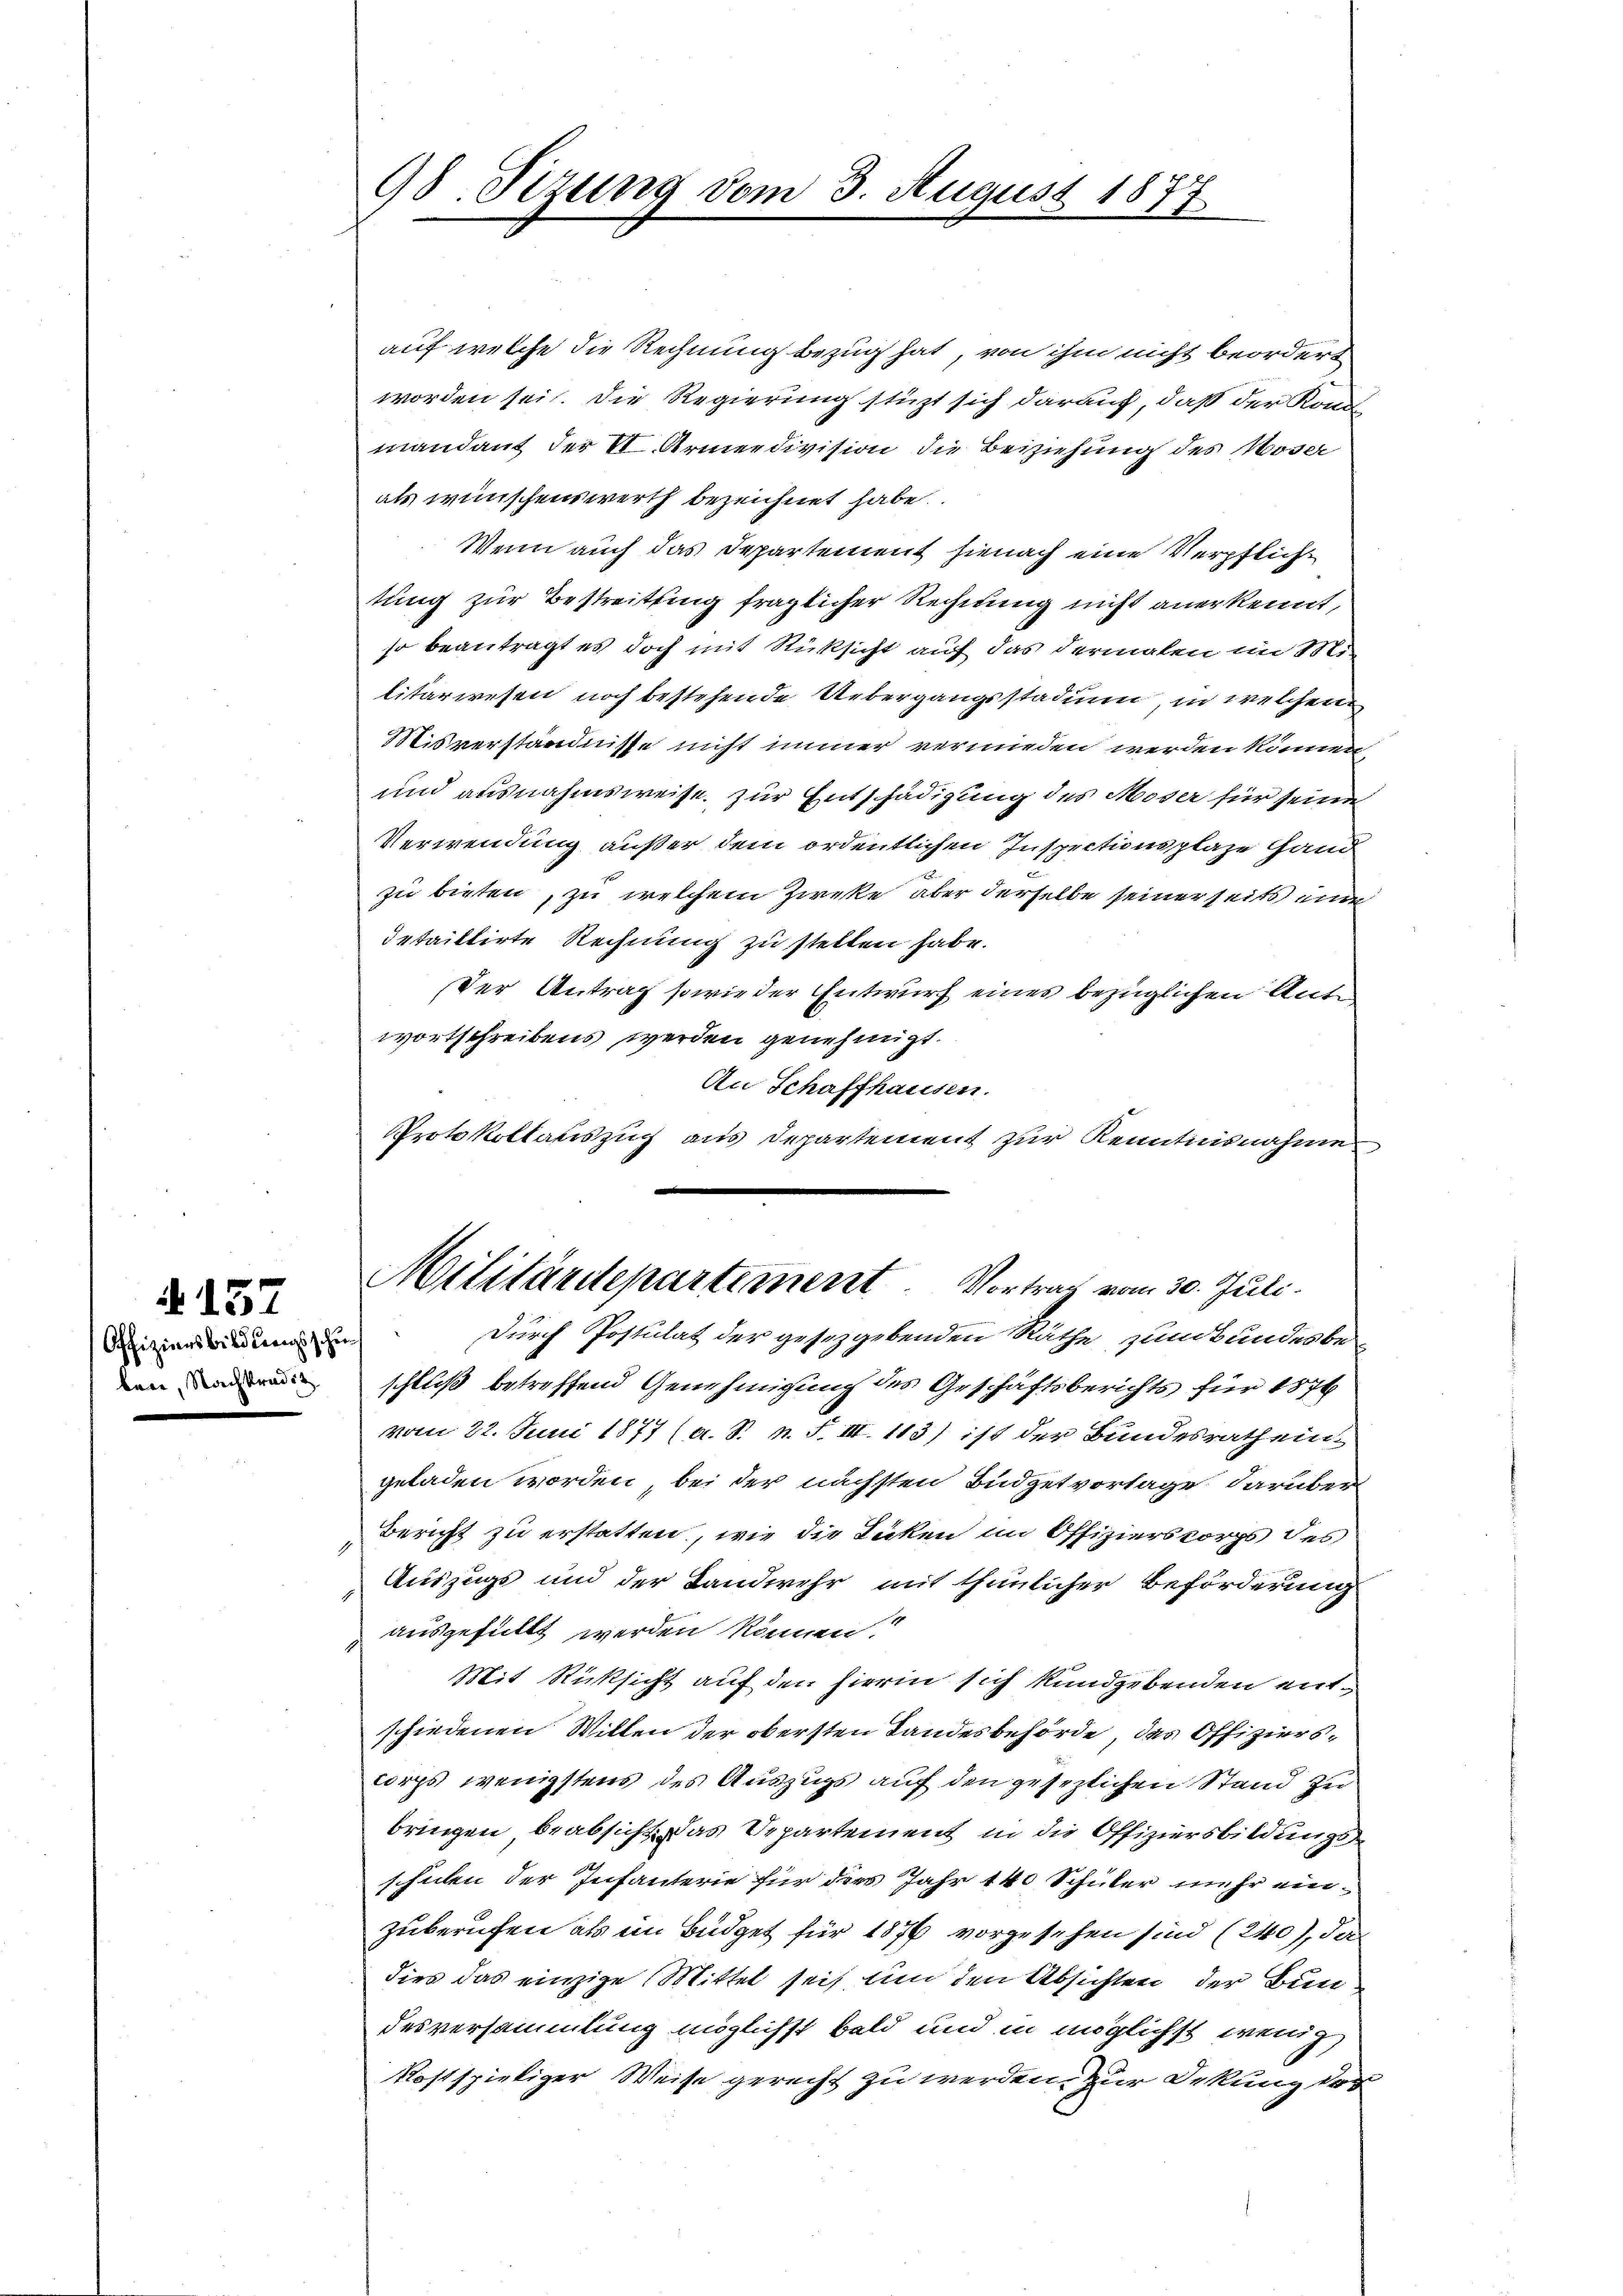
§ 157

Offiziensbildungsschu
ben, Nachkredit

98. Sizung vom 3. August 1877

auf welche die Rechnung bezug hat, von ihm nicht beordert
worden sei. Die Regierung stüzt sich darauf, daß der Kon
mandant der I. Armeedivision die Beiziehung des Moser
als wünschenswerth bezeichnet habe.
Wenn auch das Departement hienach eine Verpfliche
tung zur Bestreitung fraglicher Rechnung nicht anerkennt,
so beantragt es doch mit Rücksicht auf das dermalen im Mi
litärwesen noch bestehende Uebergangsstadiun in welchen
Misverständnisse nicht immer vermieden werden können
und ausnahmsweise zur Entschädigung des Moser für seine
Verwendung außer dem ordentlichen Inspectionsplaze Hand
zu bieten, zu welchem Zweke aber derselbe seiner seits ein
detaillirte Rechnung zu stellen habe.
Der Antrag sowie der Entwurf eines bezüglichen Anto
wortschreibens werden genehmigt.
An Schaffhausen.
Protokollauszug aus Departement zur Kenntnisnahme
Militärdepartement. Vortrag vom 30. Juli.
durch Postulat der gesetzgebenden Räthe zumkundes beschluß betreffend Genehmigung des Geschäftsberichts für 1876
vom 22. Juni 1877 (a. S. n. F. III 113) ist der Bundesrath ein
geladen worden, bei der nächsten Büdgetvorlage darüber
Bericht zu erstatten, wie die Lacken im Offizierskorps des
s
Auszugs und der Landwehr mit thunlicher Beförderung
ausgefüllt werden können
1
Mit Rücksicht auf den hierin sich kundgebenden entschiedenen Willen der obersten Landesbehörde, das Offizierscorps wenigstens des Auszugs auf den gesezlichen Stand zu
bringen beabsicht das Departement in die Offiziersbildungsschulen der Infanterie für dies Jahr 140 Schüler mehr einzuberufen als im Büdget für 1876 vorgesehen sind (240), den
dies das einzige Mittel sei, um den Absichten der Bundesversammlung möglichst bald und in möglichst wenig
kostspieliger Weise gerecht zu werden. Zur Deckung des